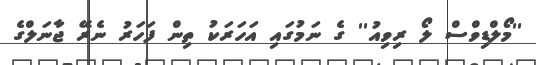
''މޯލްޑިވްސް ލޯ ރިވިއު'' ގެ ނަމުގައި އަހަރަކު ތިން ފަހަރު ނެރޭ ޖާނަލްގެ